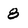
Character: 8